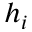
h _ { i }